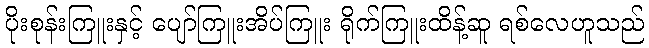
ပိုးစုန်းကြူးနှင့် ပျော်ကြူးအိပ်ကြူး ရိုက်ကြူးထိန့်ဆူ ရစ်လေဟူသည်